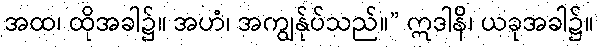
အထ၊ ထိုအခါ၌။ အဟံ၊ အကျွန်ုပ်သည်။” ဣဒါနိ၊ ယခုအခါ၌။